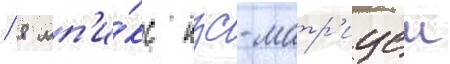
/ 8 мп'и́кс пзс-матр'ицеи